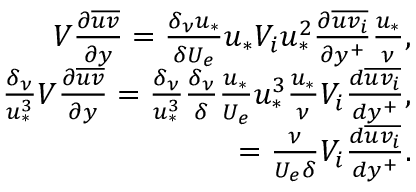
\begin{array} { r } { V \frac { \partial \overline { { u v } } } { \partial y } = \frac { \delta _ { \nu } u _ { * } } { \delta U _ { e } } u _ { * } V _ { i } u _ { * } ^ { 2 } \frac { \partial \overline { { u v _ { i } } } } { \partial y ^ { + } } \frac { u _ { * } } { \nu } , } \\ { \frac { \delta _ { \nu } } { u _ { * } ^ { 3 } } V \frac { \partial \overline { { u v } } } { \partial y } = \frac { \delta _ { \nu } } { u _ { * } ^ { 3 } } \frac { \delta _ { \nu } } { \delta } \frac { u _ { * } } { U _ { e } } u _ { * } ^ { 3 } \frac { u _ { * } } { \nu } V _ { i } \frac { d \overline { { u v _ { i } } } } { d y ^ { + } } , } \\ { = \frac { \nu } { U _ { e } \delta } V _ { i } \frac { d \overline { { u v _ { i } } } } { d y ^ { + } } . } \end{array}